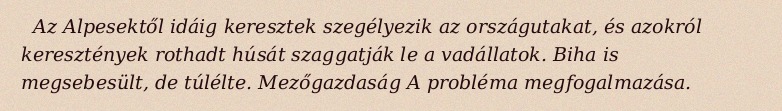
Az Alpesektől idáig keresztek szegélyezik az országutakat, és azokról keresztények rothadt húsát szaggatják le a vadállatok. Biha is megsebesült, de túlélte. Mezőgazdaság A probléma megfogalmazása.